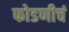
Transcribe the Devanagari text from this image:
फोडणीचं